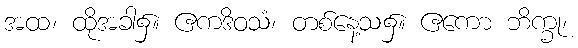
အထ၊ ထိုအခါ၌။ ဧကဒိဝသံ၊ တစ်နေ့သ၌။ ဧကော ဘိက္ခု၊